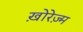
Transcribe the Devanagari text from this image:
ख़ोरेज़्म